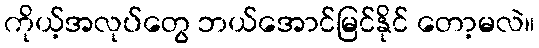
ကိုယ့်အလုပ်တွေ ဘယ်အောင်မြင်နိုင် တော့မလဲ။